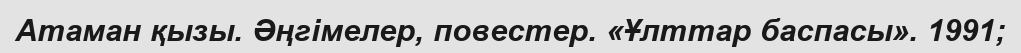
Атаман қызы. Әңгімелер, повестер. «Ұлттар баспасы». 1991;